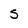
Character: S